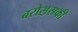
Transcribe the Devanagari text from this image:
बरोस़सकी